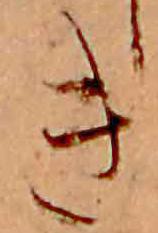
き